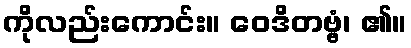
ကိုလည်းကောင်း။ ဝေဒိတဗ္ဗံ၊ ၏။